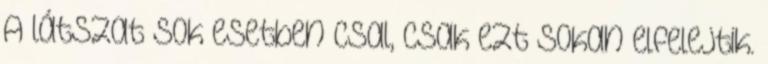
A látszat sok esetben csal, csak ezt sokan elfelejtik.